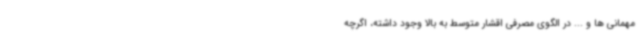
مهمانی ها و ... در الگوی مصرفی اقشار متوسط به بالا وجود داشته، اگرچه